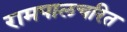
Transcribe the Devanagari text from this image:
रामपालचरित